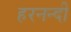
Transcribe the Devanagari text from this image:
हरनन्दी